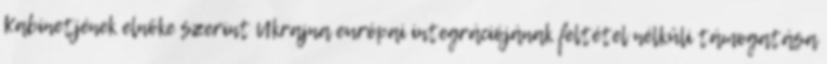
Kabinetjének elnöke szerint Ukrajna európai integrációjának feltétel nélküli támogatása